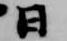
日